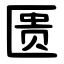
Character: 匮